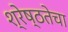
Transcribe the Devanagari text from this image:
श्रेष्ठतेचा